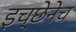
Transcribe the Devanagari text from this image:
इच्छेनेच